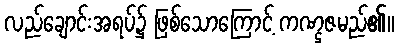
လည်ချောင်းအရပ်၌ ဖြစ်သောကြောင့် ကဏ္ဌဇမည်၏။